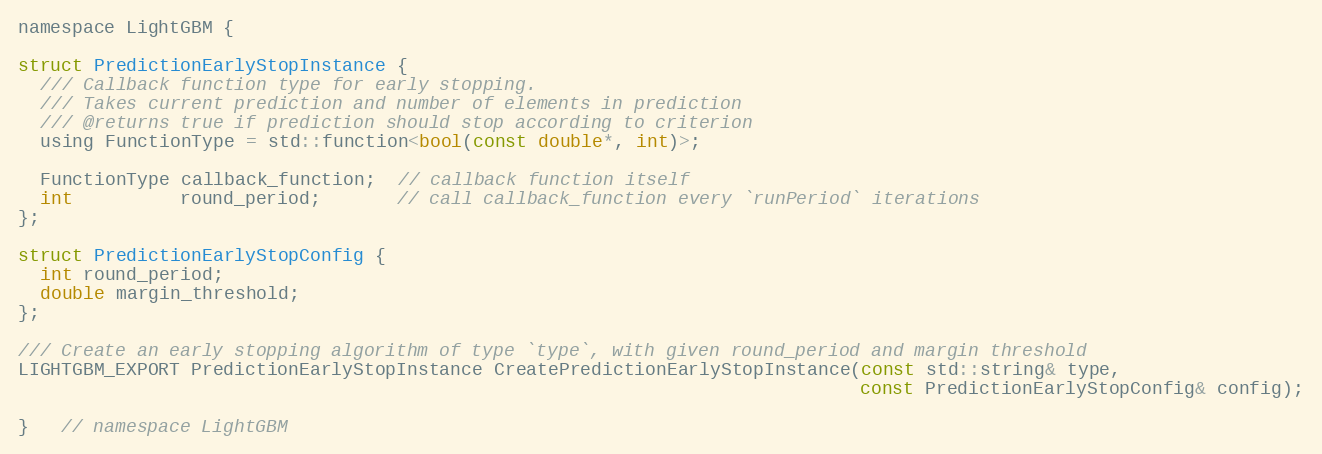
Language: C
namespace LightGBM {

struct PredictionEarlyStopInstance {
  /// Callback function type for early stopping.
  /// Takes current prediction and number of elements in prediction
  /// @returns true if prediction should stop according to criterion
  using FunctionType = std::function<bool(const double*, int)>;

  FunctionType callback_function;  // callback function itself
  int          round_period;       // call callback_function every `runPeriod` iterations
};

struct PredictionEarlyStopConfig {
  int round_period;
  double margin_threshold;
};

/// Create an early stopping algorithm of type `type`, with given round_period and margin threshold
LIGHTGBM_EXPORT PredictionEarlyStopInstance CreatePredictionEarlyStopInstance(const std::string& type,
                                                                              const PredictionEarlyStopConfig& config);

}   // namespace LightGBM